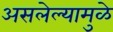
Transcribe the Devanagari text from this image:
असलेल्यामुळे